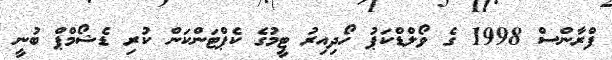
ފްރާންސް 1998 ގެ ވޯލްޑްކަޕު ހޯދިިއިރު ޓީމުގެ ކެޕްޓަންކަން ކުރި ޑެޝޯމްޕް ބުނީ